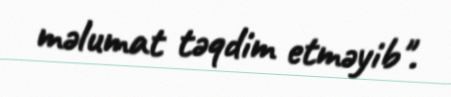
məlumat təqdim etməyib".